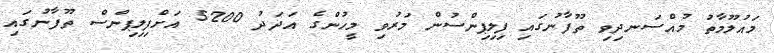
މައުލޫމާތު މުއްސަނދިވި ތޫފާނުގައި ފިލިޕިންސުން މަރުވި މީހުންގެ އަދަދު 5200 އަށްފިލިޕިންސް ތޫފާނުގައި